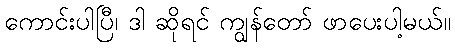
ကောင်းပါပြီ၊ ဒါ ဆိုရင် ကျွန်တော် ဖာပေးပါ့မယ်။